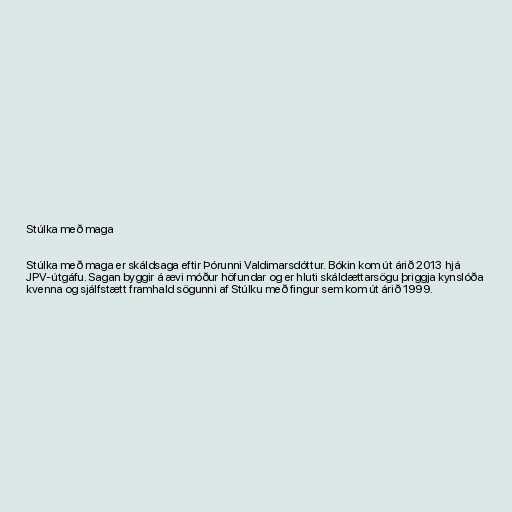
Stúlka með maga

Stúlka með maga er skáldsaga eftir Þórunni Valdimarsdóttur. Bókin kom út árið 2013 hjá
JPV-útgáfu. Sagan byggir á ævi móður höfundar og er hluti skáldættarsögu þriggja kynslóða
kvenna og sjálfstætt framhald sögunni af Stúlku með fingur sem kom út árið 1999.